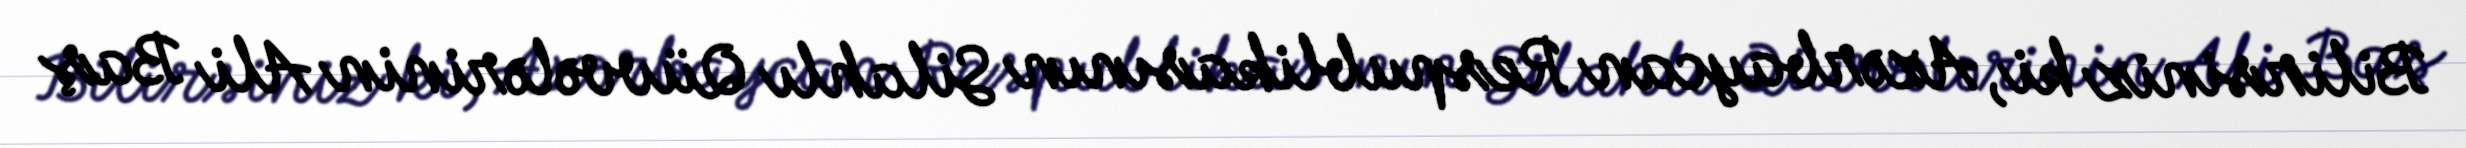
Bilirsiniz ki, Azərbaycan Respublikasının Silahlı Qüvvələrinin Ali Baş